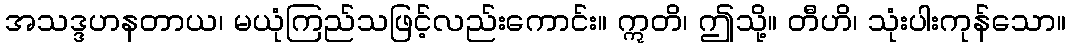
အသဒ္ဒဟနတာယ၊ မယုံကြည်သဖြင့်လည်းကောင်း။ ဣတိ၊ ဤသို့။ တီဟိ၊ သုံးပါးကုန်သော။